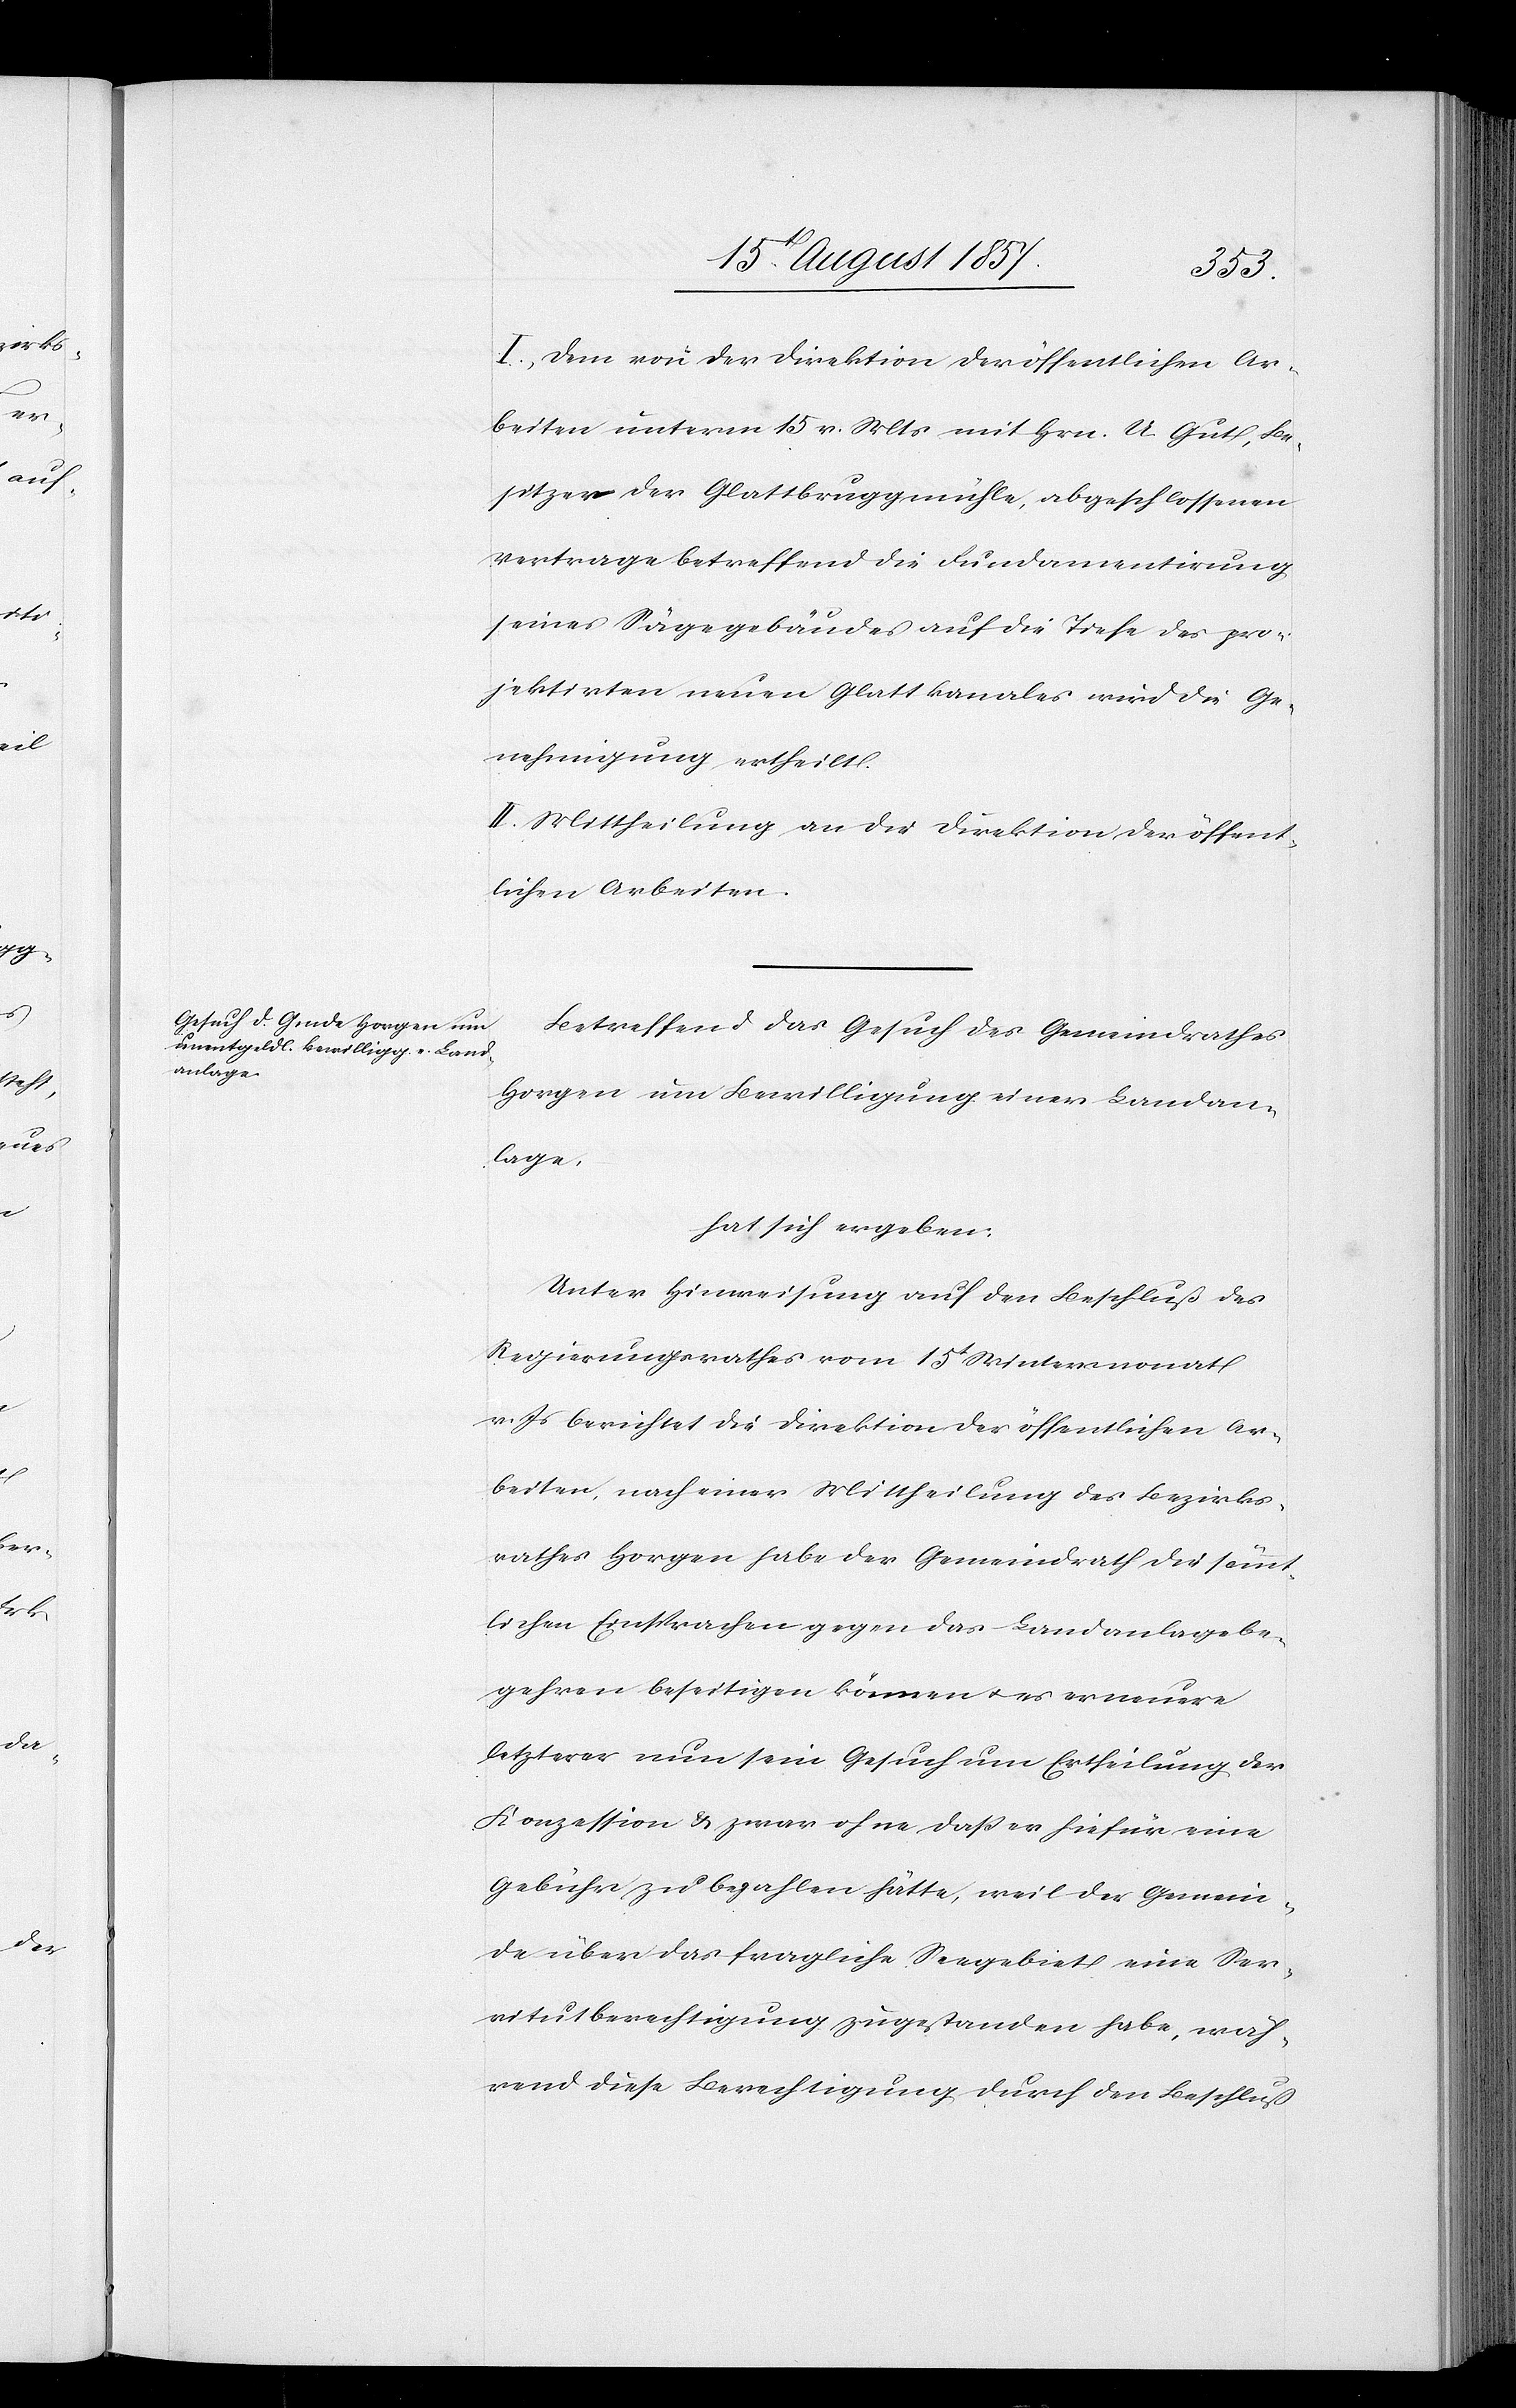
I. Dem von der Direktion der öffentlichen Ar¬
beiten unterm 15 v. Mts. mit Hrn. U. Gut, Be¬
sitzer der Glattbruggmühle, abgeschlossenen
Vertrage betreffend die Fundamentirung
seines Sägegebäudes auf die Tiefe des pro¬
jekirten neuen Glattkanales wird die Ge¬
nehmigung ertheilt.
II. Mittheilung an die Direktion der öffent¬
lichen Arbeiten.
Betreffend das Gesuch des Gemeindrathes
Horgen um Bewilligung einer Landan¬
lage
hat sich ergeben:
Unter Hinweisung auf den Beschluß des
Regierungsrathes vom 15t Wintermonat
v. Js. berichtet die Direktion der öffentlichen Ar¬
beiten, nach einer Mittheilung des Bezirks¬
rathes Horgen habe der Gemeindrath die sämmt¬
lichen Einsprachen gegen das Landanlagebe¬
gehren beseitigen können & es erneuere
letzterer nun sein Gesuch um Ertheilung der
Konzession & zwar ohne daß er hiefür eine
Gebühr zu bezahlen hätte, weil der Gemein¬
de über das fragliche Seegebiet eine Ser¬
vitutsberechtigung zugestanden habe, wäh¬
rend diese Berechtigung durch den Beschluß